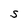
Character: S